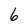
Character: 6